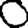
Digit: 0